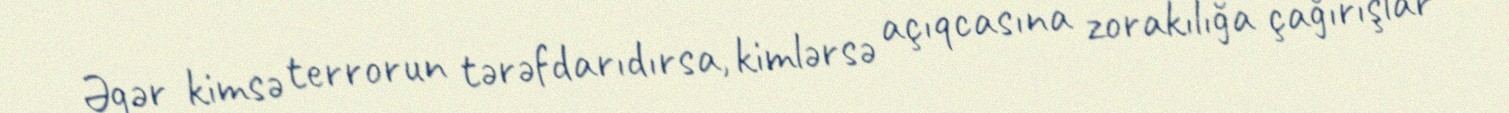
Əgər kimsə terrorun tərəfdarıdırsa, kimlərsə açıqcasına zorakılığa çağırışlar